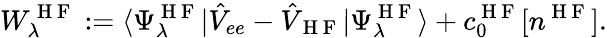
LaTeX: W_{\lambda}^{\mathrm{~H~F~}}:=\langle\Psi_{\lambda}^{\mathrm{~H~F~}}|\hat{V}_{ee}-\hat{V}_{\mathrm{~H~F~}}|\Psi_{\lambda}^{\mathrm{~H~F~}}\rangle+c_{0}^{\mathrm{~H~F~}}[n^{\mathrm{~H~F~}}].